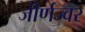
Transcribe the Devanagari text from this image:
जीर्णज्वर